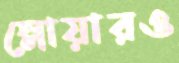
স্লোয়ারও